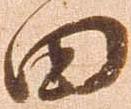
田